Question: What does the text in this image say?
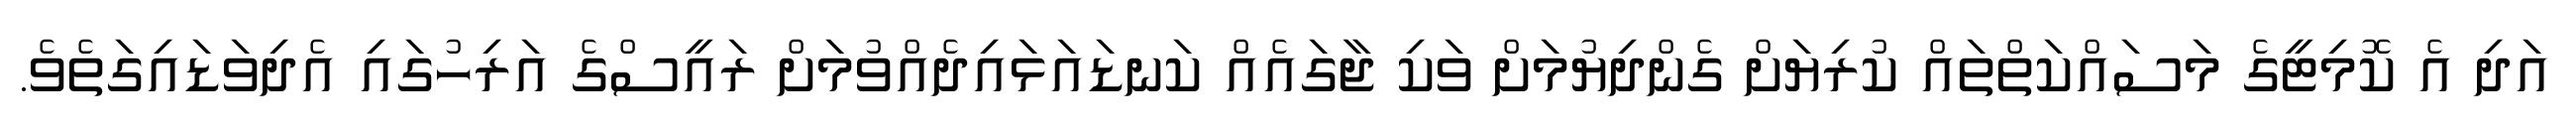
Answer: އަދި އެ ކޮމިޓީގެ މަސައްކަތްތައް ކުރިޔަށް ގެންދިޔުމަށް ވަކި ޖާގައެއް ކަނޑައަޅައިދެއްވުމަށް ރައީސްގެ އަރިހުގައި އެދިވަޑައިގަތެވެ.